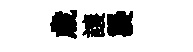
歲譲襲